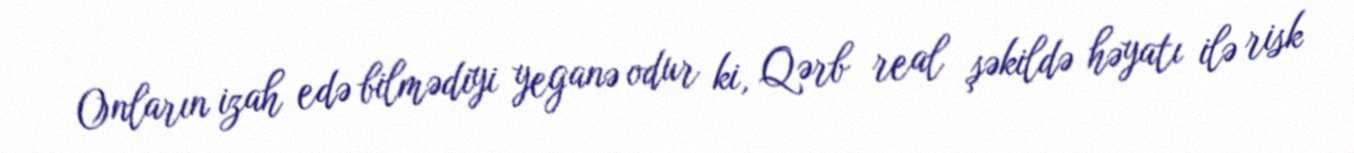
Onların izah edə bilmədiyi yeganə odur ki, Qərb real şəkildə həyatı ilə risk